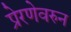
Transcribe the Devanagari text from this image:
प्रेरणेवरुन